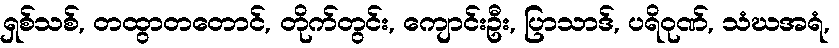
ရှစ်သစ်, တထွာတတောင်, တိုက်တွင်း, ကျောင်းဦး, ပြာသာဒ်, ပရိဝုဏ်, သံဃအရံ,